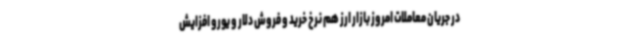
در جریان معاملات امروز بازار ارز هم نرخ خرید و فروش دلار و یورو افزایش